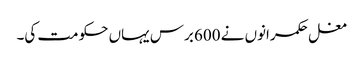
مغل حکمرانوں نے 600 برس یہاں حکومت کی۔